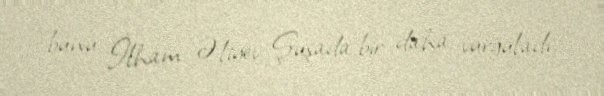
bunu İlham Əliyev Şuşada bir daha vurğuladı.